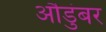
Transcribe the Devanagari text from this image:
औडुंबर